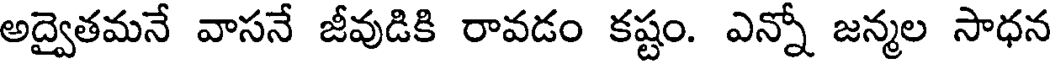
అద్వైతమనే వాసనే జీవుడికి రావడం కష్టం. ఎన్నో జన్మల సాధన